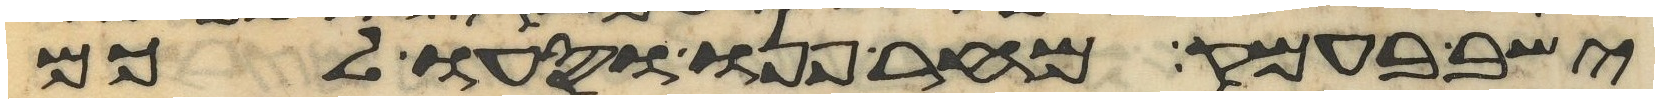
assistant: ישב בעמק מחר פנו וסעו לכם